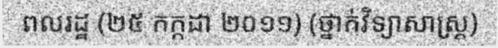
ពលរដ្ឋ (២៥ កក្កដា ២០១១) (ថ្នាក់វិទ្យាសាស្ត្រ)